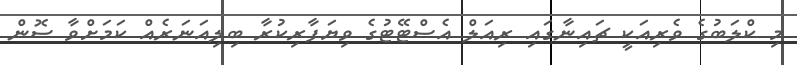
މި ކްލަބުގެ ވެރިއަކީ ޗައިނާގައި ރިއަލް އެސްޓޭޓުގެ ވިޔަފާރިކުރާ ބިލިއަނަރެއް ކަމަށްވާ ސޮން